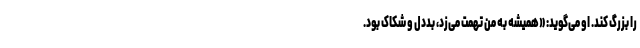
را بزرگ کند. او می‌گوید: «همیشه به من تهمت می‌زد، بد‌دل و شکاک بود.